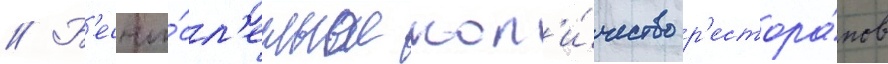
// Б'есчи́сл'енное кол'и́чество р'естора́нов